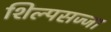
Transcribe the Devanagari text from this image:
शिल्पसज्जा